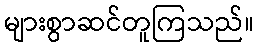
များစွာဆင်တူကြသည်။